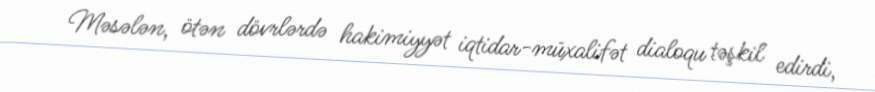
Məsələn, ötən dövrlərdə hakimiyyət iqtidar-müxalifət dialoqu təşkil edirdi,